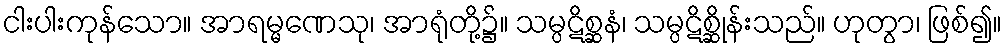
ငါးပါးကုန်သော။ အာရမ္မဏေသု၊ အာရုံတို့၌။ သမ္ပဋိစ္ဆနံ၊ သမ္ပဋိစ္ဆိုန်းသည်။ ဟုတွာ၊ ဖြစ်၍။